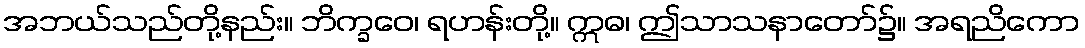
အဘယ်သည်တို့နည်း။ ဘိက္ခဝေ၊ ရဟန်းတို့။ ဣဓ၊ ဤသာသနာတော်၌။ အရညိကော